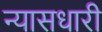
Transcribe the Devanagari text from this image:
न्यासधारी